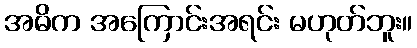
အဓိက အကြောင်းအရင်း မဟုတ်ဘူး။